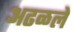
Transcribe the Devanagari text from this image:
अढळले